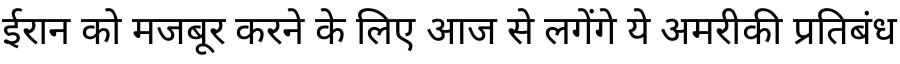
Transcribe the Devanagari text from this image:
ईरान को मजबूर करने के लिए आज से लगेंगे ये अमरीकी प्रतिबंध